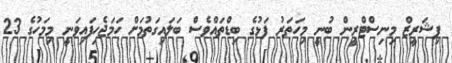
ފިޝަރީޒް މިނިސްޓްރީން ބުނީ މިހަތަރު ފަޅުގެ ބިޑްތައްވެސް ބަލައިގަތުމަށް ހަމަޖެހިފައިވަނީ މިމަހުގެ 23